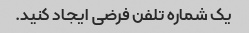
یک شماره تلفن فرضی ایجاد کنید.